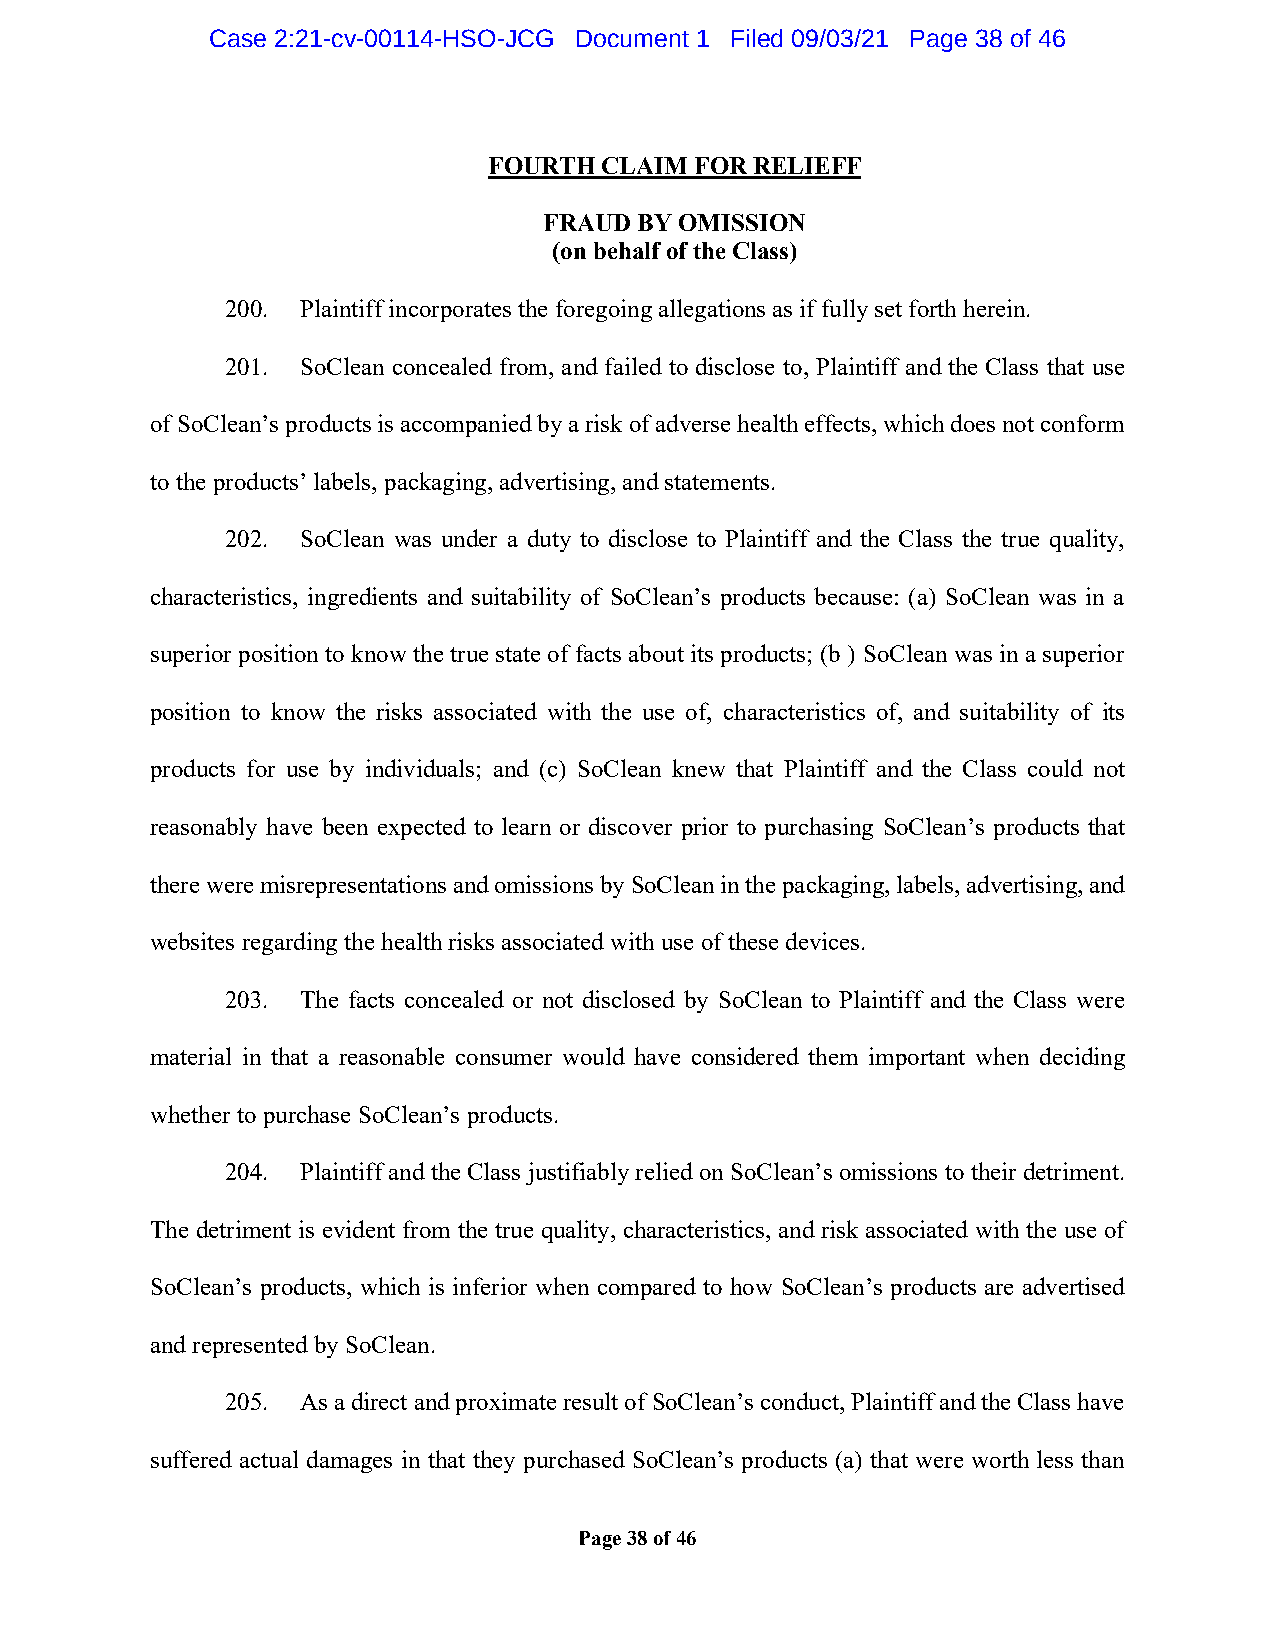
Case 2:21-cv-00114-HSO-JCG Document 1 Filed 09/03/21 Page 38 of 46
 FOURTH  CLAIM FOR RELIEFF
 FRAUD BY OMISSION
 (on behalf of the Class)
 200. Plaintiff incorporates the foregoing allegations as if fully set forth herein.
 201. SoClean concealed from, and failed to disclose to, Plaintiff and the Class that use
 of SoClean’s products is accompanied by a risk of adverse health effects, which does not conform
 to the products’ labels, packaging, advertising, and statements.
 202. SoClean was under a duty to disclose to Plaintiff and the Class the true quality,
 characteristics, ingredients and suitability of SoClean’s products because: (a) SoClean was in a
 superior position to know the true state of facts about its products; (b ) SoClean was in a superior
 position to know the risks associated with the use of, characteristics of, and suitability of its
 products for use by individuals; and (c) SoClean knew that Plaintiff and the Class could not
 reasonably have been expected to learn or discover prior to purchasing SoClean’s products that
 there were misrepresentations and omissions by SoClean in the packaging, labels, advertising, and
 websites regarding the health risks associated with use of these devices.
 203. The facts concealed or not disclosed by SoClean to Plaintiff and the Class were
 material in that a reasonable consumer would have considered them important when deciding
 whether to purchase SoClean’s products.
 204. Plaintiff and the Class justifiably relied on SoClean’s omissions to their detriment.
 The detriment is evident from the true quality, characteristics, and risk associated with the use of
 SoClean’s products, which is inferior when compared to how SoClean’s products are advertised
 and represented by SoClean.
 205. As a direct and proximate result of SoClean’s conduct, Plaintiff and the Class have
 suffered actual damages in that they purchased SoClean’s products (a) that were worth less than
 Page 38 of 46